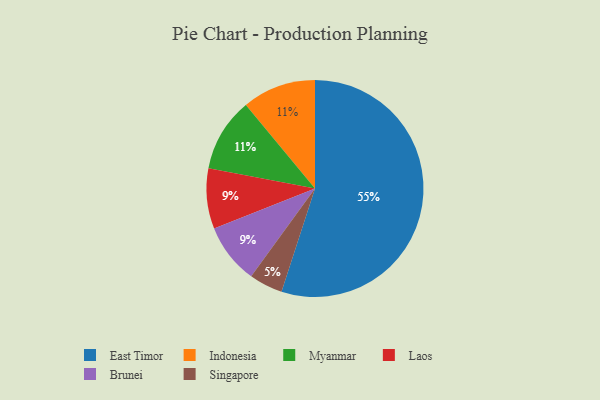
{"axis": {"x": "Category", "y": "Percentage"}, "legend": ["Brunei", "East Timor", "Indonesia", "Laos", "Myanmar", "Singapore"], "data": [{"x": "Singapore", "y": 5, "type": "Singapore"}, {"x": "Indonesia", "y": 11, "type": "Indonesia"}, {"x": "Myanmar", "y": 11, "type": "Myanmar"}, {"x": "East Timor", "y": 55, "type": "East Timor"}, {"x": "Laos", "y": 9, "type": "Laos"}, {"x": "Brunei", "y": 9, "type": "Brunei"}]}